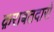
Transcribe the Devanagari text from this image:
क़राबतदारो